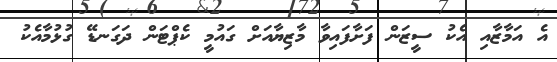
އެ އަމާޒާއި އެކު ސީޒަން ފަށާފައިވާ މާޒިޔާއަށް ގައުމީ ކެޕްޓަން ދަގަނޑޭ ގުޅުމާއެކު